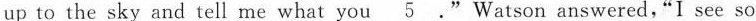
up to the sky and tell me what you\underline{5} ."Watson answered,"I see so